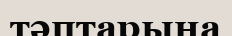
тәптарына